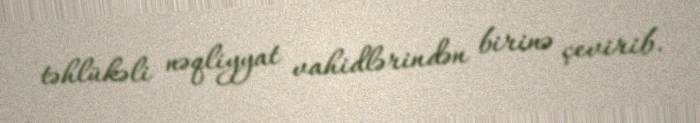
təhlükəli nəqliyyat vahidlərindən birinə çevirib.